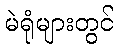
မဲရုံများတွင်